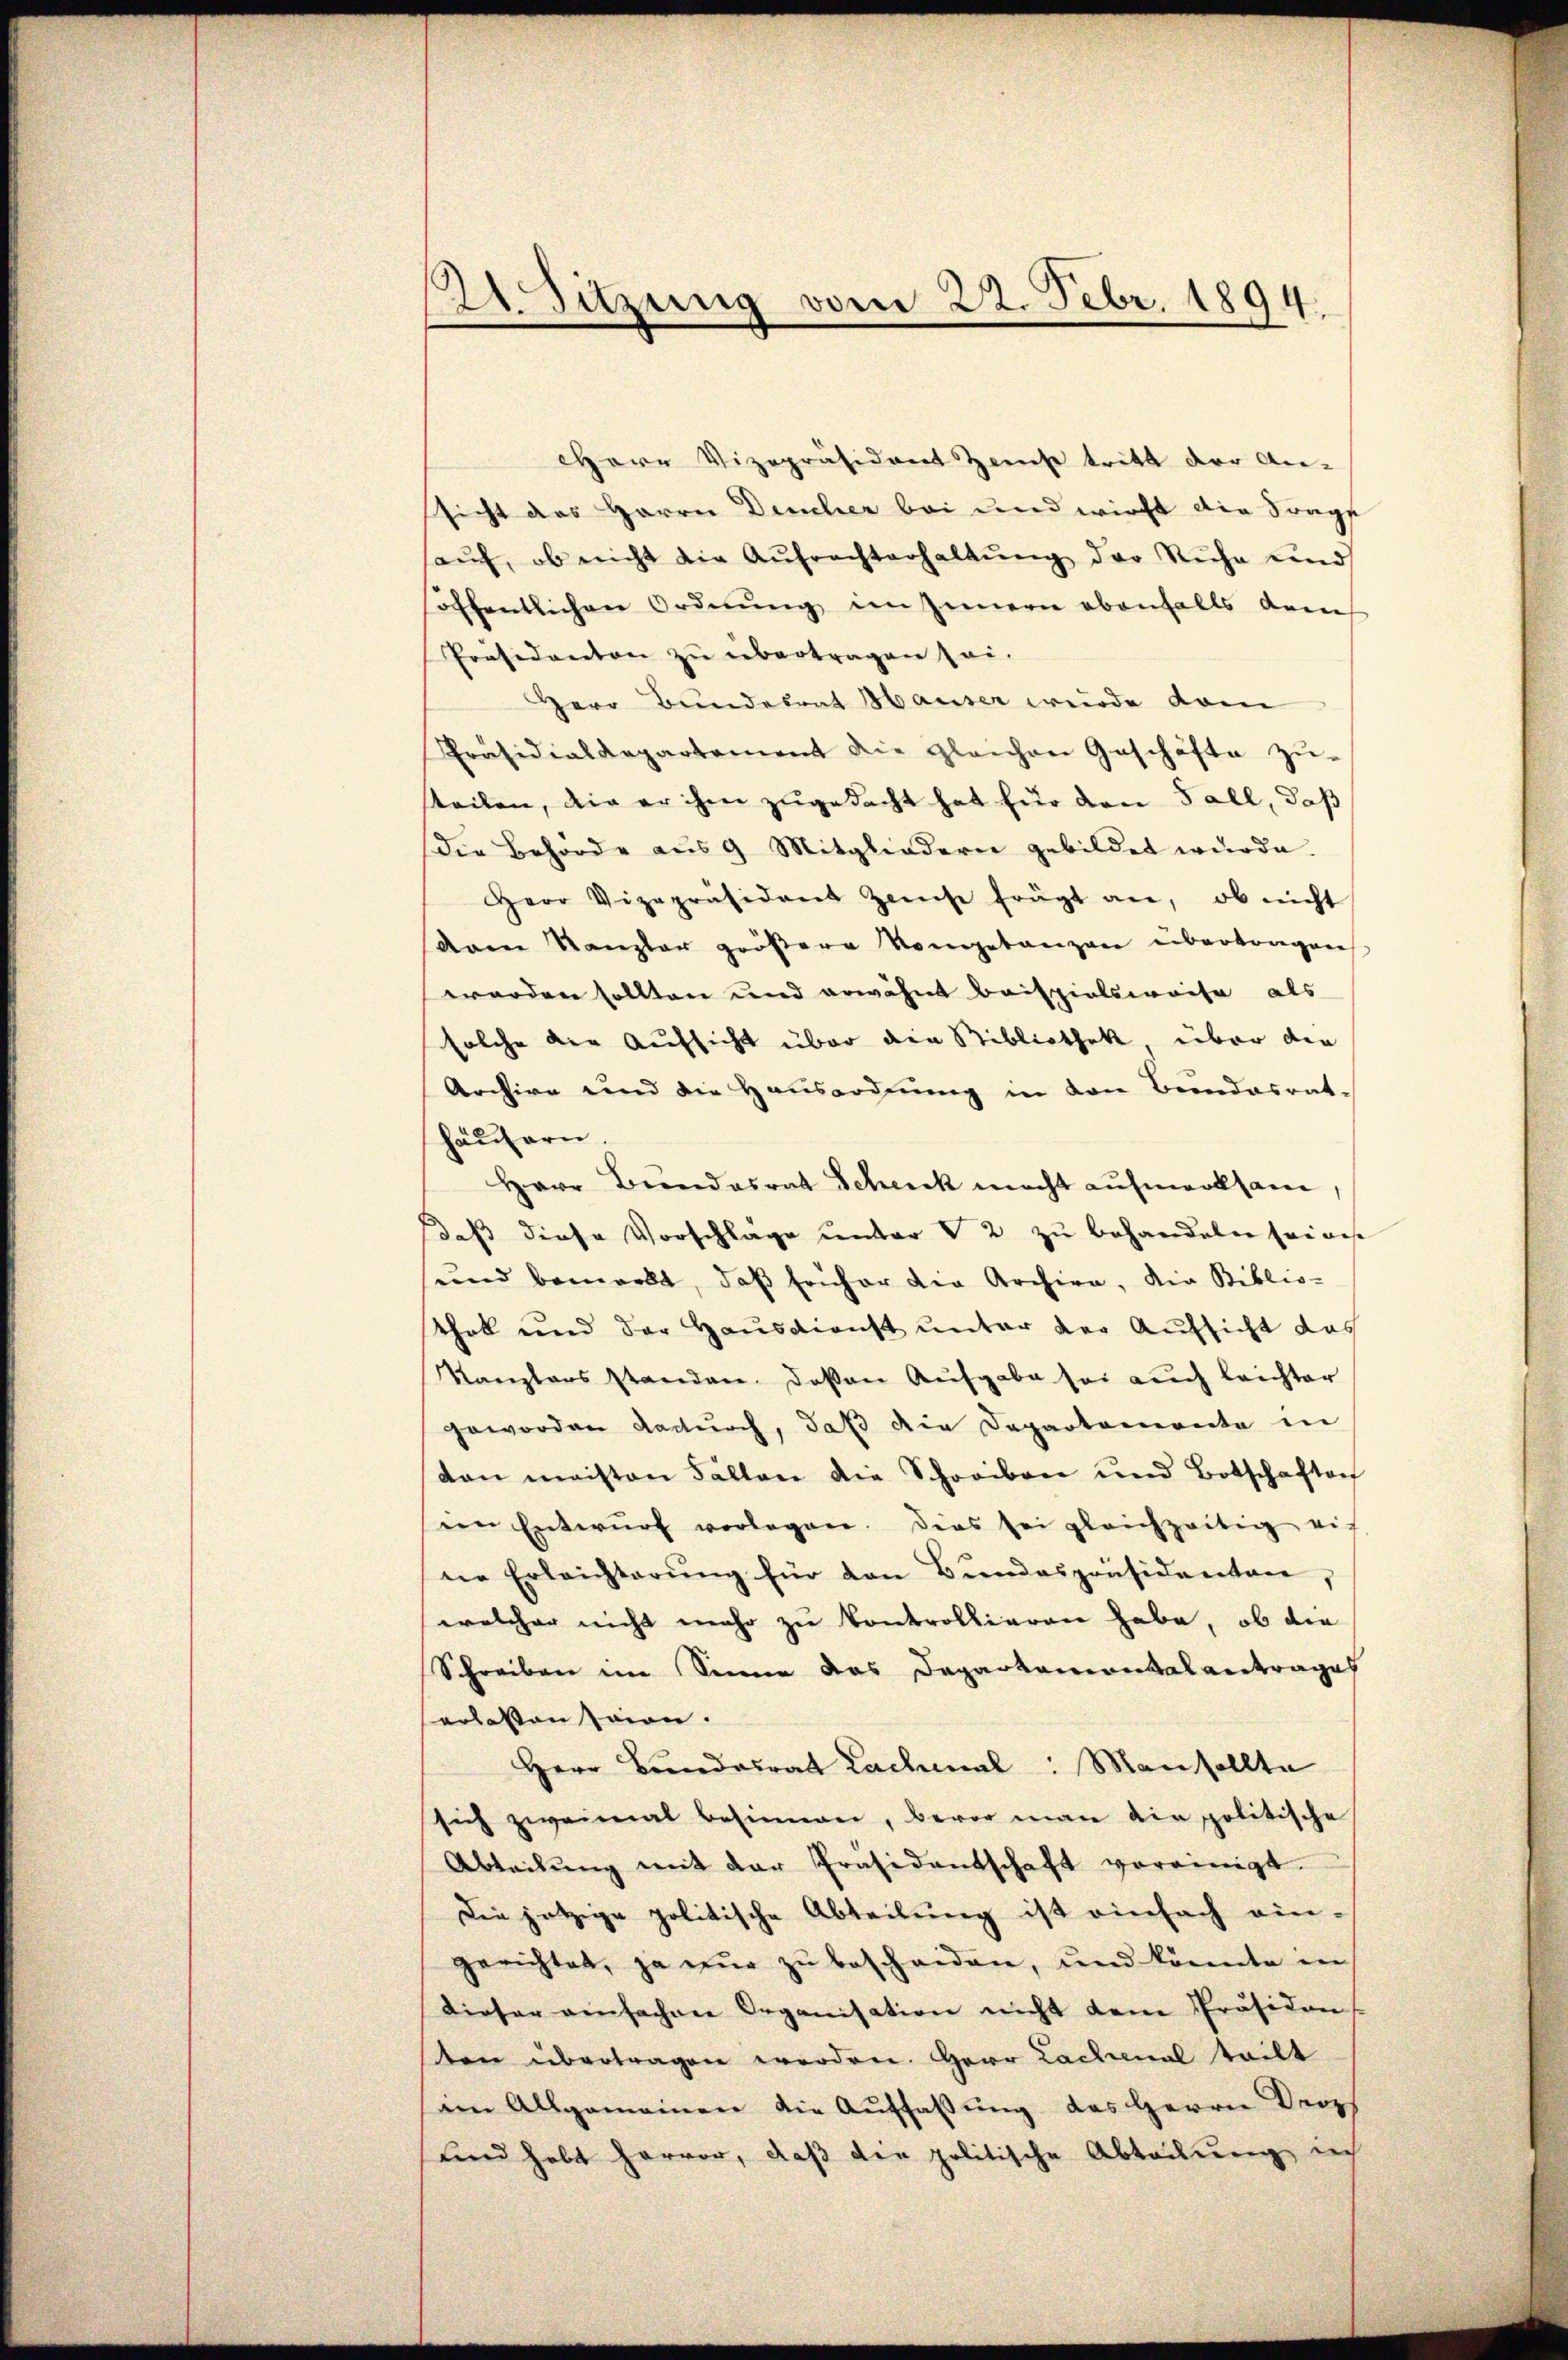
11. Sitzung vom 22. Febr. 1894.

Herr Vizepräsident Zinnst tritt der An-
ssicht des Herrn Deucher bei und wirkt die Sänge
haŭf, ob nicht die Aŭfrechterhaltŭng der Ruhe und
öffentlichen Ordnŭng im Innern ebenfalls dann
Präsidenton zu übertragen sei.
Herr Bundesrat Hauser wurde dam
Präsidialkapartament die gleichen Geschäfte zŭ-
steilen, die er ihm zugedacht hat für den Fall, daß
die Behörde aus 9 Mitgliedern gebildet wurde.
Herr Vizepräsident Zinse frägt an, ob nicht
Vom Kanzler größere Vorgetanzen übertragenes
worden sollten und erwähnt Beispielsweise als
solche der Aufsicht über die Bibliothek, über die
Archive und die Hausordnung in den Bundesrat
häusern.
Herr Bundesrat Schenck macht aufmerksam,
daß diese Vorschläge unter V 2 zu behandeln seines
und bemerkt, daβ früher die Archive, die Biblio-
that und der Hausdienst unter der Aufsicht das
Kanzlers standen, deßen Aufgabe sei auch leichter
geworden dadurch, daß die Departemente in
dan meisten Fällen die Schreiben und Botschaften
in Entwŭrf vorlagen. Dies sei gleichzeitig ei
ne Erleichterung für den Bundespräsidenten,
welcher nicht mehr zu kontrollieren habe, ob die
Schreiben im Sinne das Departamontalantrages
erlotten seien.
Herr Bundesrat Lachmal: Man sollte
sich zweimat besinnen, bevor man die politische
Abteilŭng mit der Präsidentschaft vereinigt.
Die jetzige politische Abteilung ist einfach ein-
gerichtet, ja nur zu bescheiden, und könnte in
Dieser einfachen Organisation nicht dem Präsiden
ten übertragen werden. Herr Lachmal teilt
im Allgemeinen die Aŭffaβŭng des Herrn Proph
und habt hervor, daß der politische Abteilung in